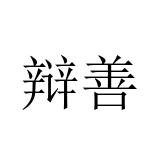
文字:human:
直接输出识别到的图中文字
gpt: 辩善